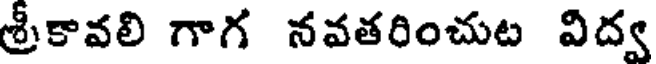
శ్రీకావలి గాగ నవతరించుట విద్వ